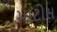
માટોસ